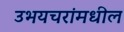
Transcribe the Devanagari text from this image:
उभयचरांमधील